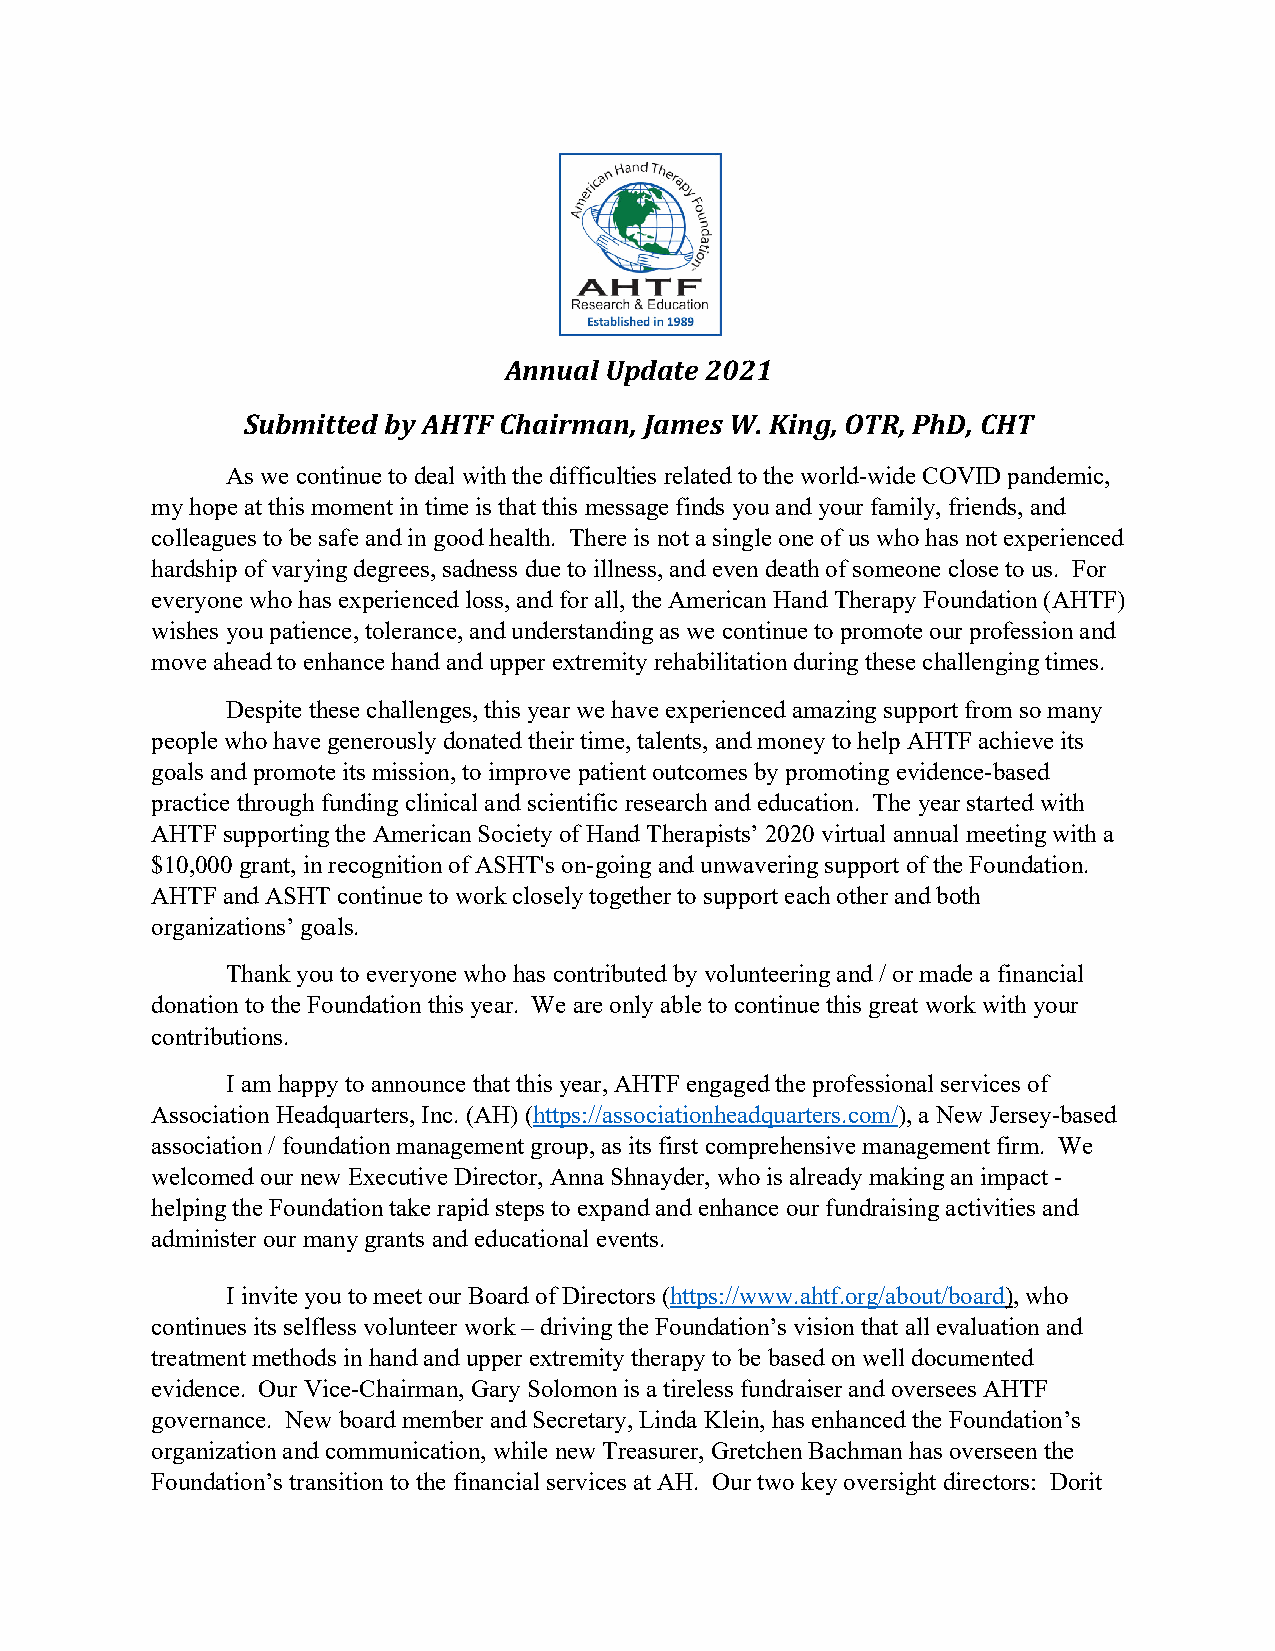
Annual Update 2021
 Submitted by AHTF Chairman, James W. King, OTR, PhD, CHT
 As we continue to deal with the difficulties related to the world-wide COVID pandemic,
 my hope at this moment in time is that this message finds you and your family, friends, and
 colleagues to be safe and in good health. There is not a single one of us who has not experienced
 hardship of varying degrees, sadness due to illness, and even death of someone close to us. For
 everyone who has experienced loss, and for all, the American Hand Therapy Foundation (AHTF)
 wishes you patience, tolerance, and understanding as we continue to promote our profession and
 move ahead to enhance hand and upper extremity rehabilitation during these challenging times.
 Despite these challenges, this year we have experienced amazing support from so many
 people who have generously donated their time, talents, and money to help AHTF achieve its
 goals and promote its mission, to improve patient outcomes by promoting evidence-based
 practice through funding clinical and scientific research and education. The year started with
 AHTF supporting the American Society of Hand Therapists’ 2020 virtual annual meeting with a
 $10,000 grant, in recognition of ASHT's on-going and unwavering support of the Foundation.
 AHTF and ASHT continue to work closely together to support each other and both
 organizations’ goals.
 Thank you to everyone who has contributed by volunteering and / or made a financial
 donation to the Foundation this year. We are only able to continue this great work with your
 contributions.
 I am happy to announce that this year, AHTF engaged the professional services of
 Association Headquarters, Inc. (AH) (https://associationheadquarters.com/), a New Jersey-based
 association / foundation management group, as its first comprehensive management firm. We
 welcomed our new Executive Director, Anna Shnayder, who is already making an impact -
 helping the Foundation take rapid steps to expand and enhance our fundraising activities and
 administer our many grants and educational events.
 I invite you to meet our Board of Directors (https://www.ahtf.org/about/board), who
 continues its selfless volunteer work – driving the Foundation’s vision that all evaluation and
 treatment methods in hand and upper extremity therapy to be based on well documented
 evidence. Our Vice-Chairman, Gary Solomon is a tireless fundraiser and oversees AHTF
 governance. New board member and Secretary, Linda Klein, has enhanced the Foundation’s
 organization and communication, while new Treasurer, Gretchen Bachman has overseen the
 Foundation’s transition to the financial services at AH. Our two key oversight directors: Dorit